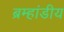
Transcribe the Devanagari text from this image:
ब्रम्हांडीय